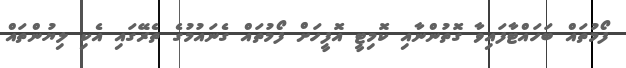
ފޯމުތައް ބަހައްޓާފައިވާ ގޮތުންނާއި ކޮމިޓީ އޮފީހަށް ފޯމުތައް ގެނައުމުގެ ތެރޭގައި އެކި ލިޔުންތައް